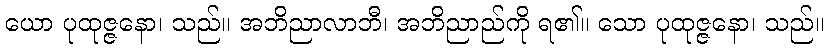
ယော ပုထုဇ္ဇနော၊ သည်။ အဘိညာလာဘီ၊ အဘိညာည်ကို ရ၏။ သော ပုထုဇ္ဇနော၊ သည်။